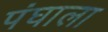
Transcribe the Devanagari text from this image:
पंघाला